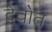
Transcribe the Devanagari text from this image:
देवोत